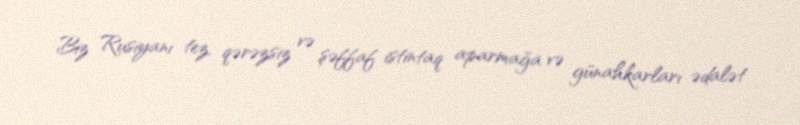
Biz Rusiyanı tez, qərəzsiz və şəffaf istintaq aparmağa və günahkarları ədalət